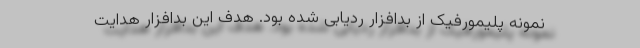
نمونه پلیمورفیک از بدافزار ردیابی شده بود. هدف این بدافزار هدایت